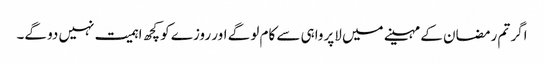
اگر تم رمضان کے مہینے میں لاپرواہی سے کام لو گے اور روزے کو کچھ اہمیت نہیں دو گے۔